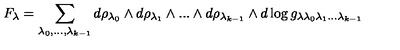
F _ { \lambda } = \sum _ { \lambda _ { 0 } , . . . , \lambda _ { k - 1 } } d \rho _ { \lambda _ { 0 } } \wedge d \rho _ { \lambda _ { 1 } } \wedge . . . \wedge d \rho _ { \lambda _ { k - 1 } } \wedge d \log g _ { \lambda \lambda _ { 0 } \lambda _ { 1 } . . . \lambda _ { k - 1 } }